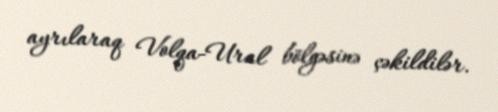
ayrılaraq Volqa-Ural bölgəsinə çəkildilər.